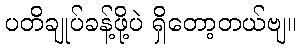
ပတိချုပ်ခန့်ဖို့ပဲ ရှိတော့တယ်ဗျ။